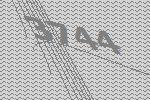
3744